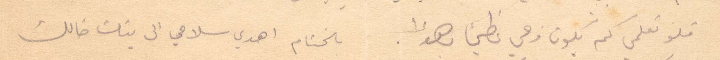
فلو تعلمي كم يكون فرحي عظيمًأ وهو لا . بالختام اهدي سلامي الى بنات خالك